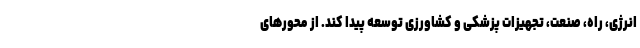
انرژی، راه، صنعت، تجهیزات پزشکی و کشاورزی توسعه پیدا کند. از محور‌های